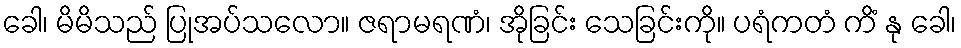
ခေါ၊ မိမိသည် ပြုအပ်သလော။ ဇရာမရဏံ၊ အိုခြင်း သေခြင်းကို။ ပရံကတံ ကိံ နု ခေါ၊